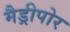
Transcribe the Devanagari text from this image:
मैड्रीपोर